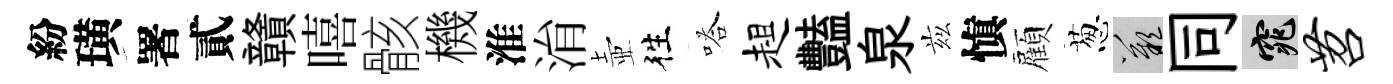
紛璜署貳贛嘻骸機淮㳙壺徃嗒趄豔泉兹愼顏葱嘆同窕苕